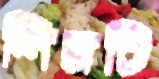
শিল্পটি